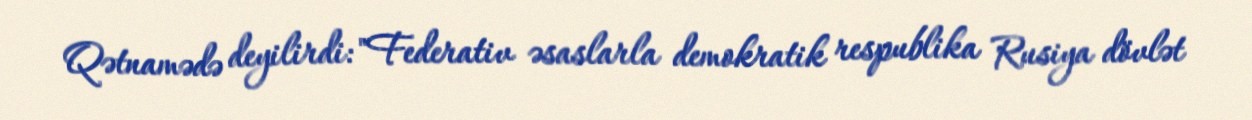
Qətnamədə deyilirdi: "Federativ əsaslarla demokratik respublika Rusiya dövlət